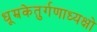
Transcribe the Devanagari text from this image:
धूम्रकेतुर्गणाध्यक्षो